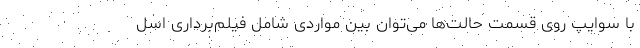
با سوایپ روی قسمت حالت‌ها می‌توان بین مواردی شامل فیلم‌برداری اسل